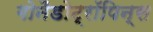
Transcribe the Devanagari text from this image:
गोनैडोट्रॉपिन्स